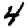
Digit: 4